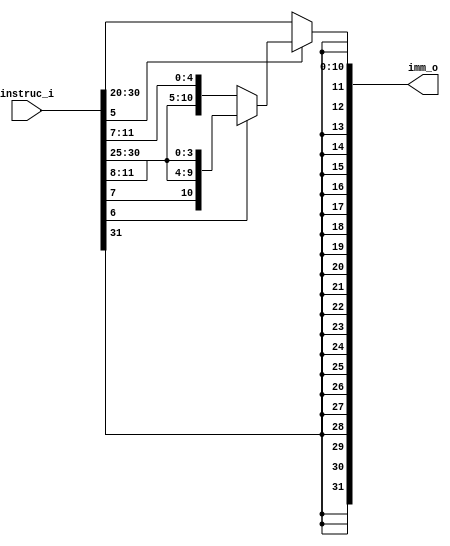
module Imm_Gen
(
    instruc_i,
    imm_o
);

input  [31:0] instruc_i;
output [31:0] imm_o;

assign imm_o = (instruc_i[5] == 0) ? {{20{instruc_i[31]}}, instruc_i[31:20]} :
               (instruc_i[6] == 0) ? {{20{instruc_i[31]}}, instruc_i[31:25], instruc_i[11:7]} :
                                     {{20{instruc_i[31]}}, instruc_i[31], instruc_i[7], instruc_i[30:25], instruc_i[11:8]};

endmodule